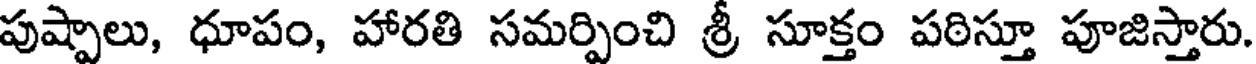
పుష్పాలు, ధూపం, హారతి సమర్పించి శ్రీ సూక్తం పఠిస్తూ పూజిస్తారు.